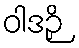
ဝါဒဉှိ